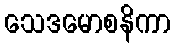
သေဒမောစနိကာ